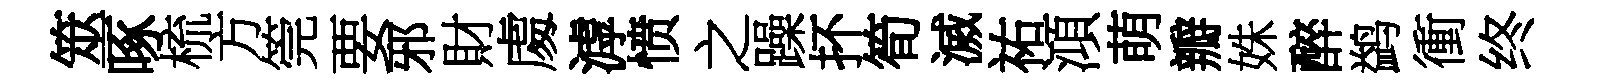
筮啄梳方筦要邪財䖏滹愤之躁抔筍滅祐澒萌瓣姝醉鹢衝终